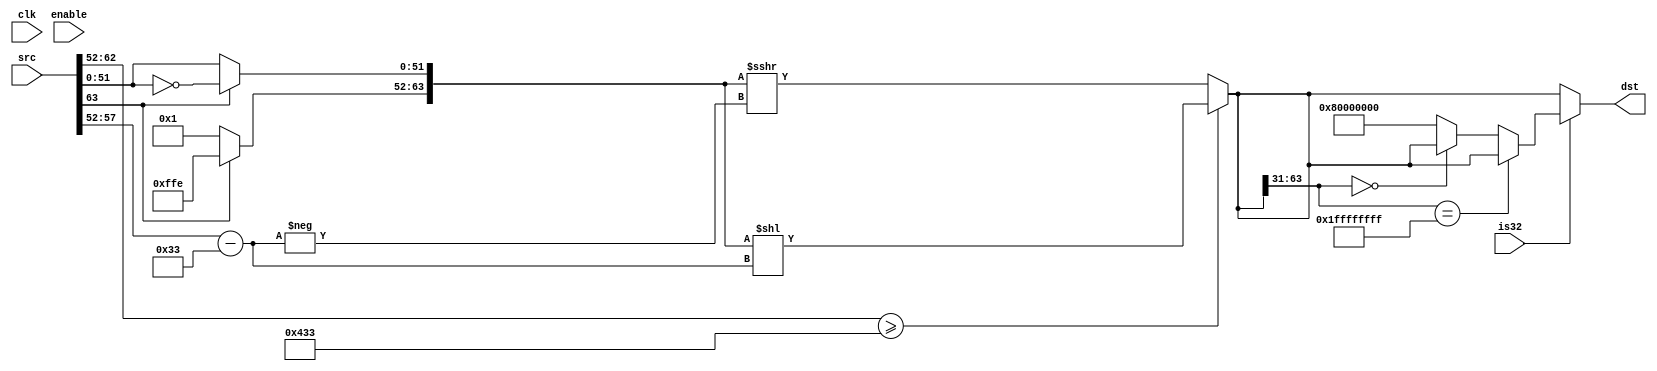
module FpuFp64ToInt(
	clk,
	enable,
	is32,
	src,
	dst
);

input			clk;
input			enable;
input			is32;

input[63:0]		src;
output[63:0]	dst;

reg[11:0]		exa;
reg[11:0]		exb;
reg[63:0]		fra;
reg[63:0]		frb;

reg			sgn;
reg[5:0]	tShl;
reg[63:0]	tDst;
reg[63:0]	tDst2;

assign dst = tDst2;

always @ (clk && enable)
// always_ff
begin
	sgn=src[63];

	exa[11]=0;
	exa[10:0]=src[62:52];
	
	exb=exa-1075;

	if(sgn)
	begin
		fra[63:52]=~(12'h1);
		fra[51:0]=~(src[51:0]);
	end
	else
	begin
		fra[63:52]=12'h1;
		fra[51:0]=src[51:0];
	end
	
	if(exa>=1075)
	begin
		tShl[5:0]=exb[5:0];
		tDst=fra<<tShl;
	end
	else
	begin
		tShl[5:0]=-exb[5:0];
		tDst=fra>>>tShl;
	end
	
	if(is32)
	begin
		if(tDst[63:31]==33'h1_FFFF_FFFF)
			tDst2=tDst;
		else if(tDst[63:31]==33'h0_0000_0000)
			tDst2=tDst;
		else
			tDst2=64'h0000_00000_8000_0000;
	end
	else
		tDst2=tDst;
end

endmodule